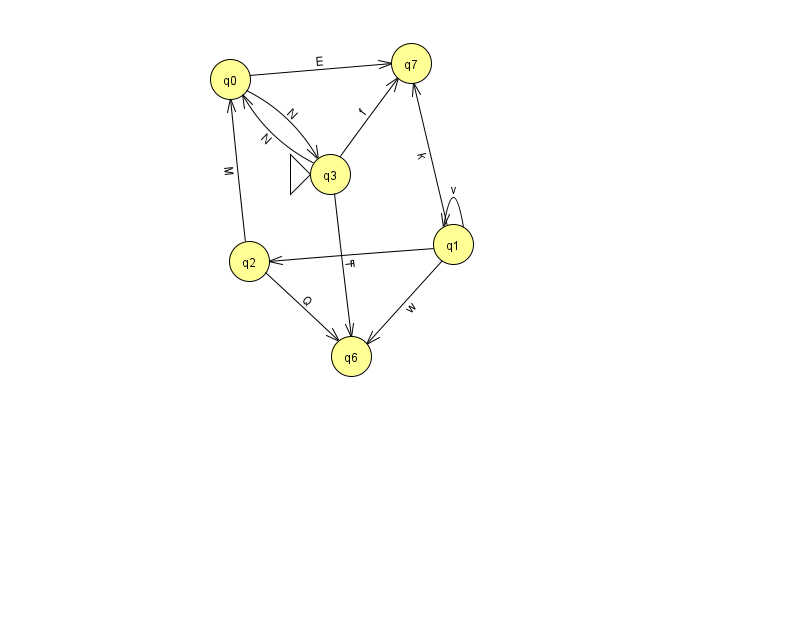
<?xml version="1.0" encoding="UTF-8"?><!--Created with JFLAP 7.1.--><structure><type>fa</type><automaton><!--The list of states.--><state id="0" name="q0"><x>230.0</x><y>66.0</y></state><state id="1" name="q1"><x>453.0</x><y>231.0</y></state><state id="2" name="q2"><x>249.0</x><y>248.0</y></state><state id="3" name="q3"><x>330.0</x><y>161.0</y><initial/></state><state id="6" name="q6"><x>351.0</x><y>343.0</y></state><state id="7" name="q7"><x>411.0</x><y>50.0</y></state><!--The list of transitions.--><transition><from>1</from><to>2</to><read>r</read></transition><transition><from>1</from><to>7</to><read>k</read></transition><transition><from>1</from><to>1</to><read>v</read></transition><transition><from>0</from><to>3</to><read>N</read></transition><transition><from>3</from><to>0</to><read>N</read></transition><transition><from>3</from><to>6</to><read>T</read></transition><transition><from>2</from><to>6</to><read>Q</read></transition><transition><from>3</from><to>7</to><read>f</read></transition><transition><from>2</from><to>0</to><read>M</read></transition><transition><from>0</from><to>7</to><read>E</read></transition><transition><from>1</from><to>6</to><read>w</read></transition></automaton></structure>